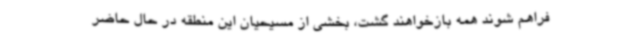
فراهم شوند همه بازخواهند گشت، بخشی از مسیحیان این منطقه در حال حاضر